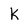
Character: K